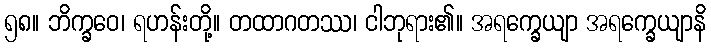
၅၈။ ဘိက္ခဝေ၊ ရဟန်းတို့။ တထာဂတဿ၊ ငါဘုရား၏။ အရက္ခေယျာ အရက္ခေယျာနိ